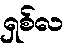
ရှစ်လ